Medical and sanitary report of the native army of Madras for the year
Year: 1876
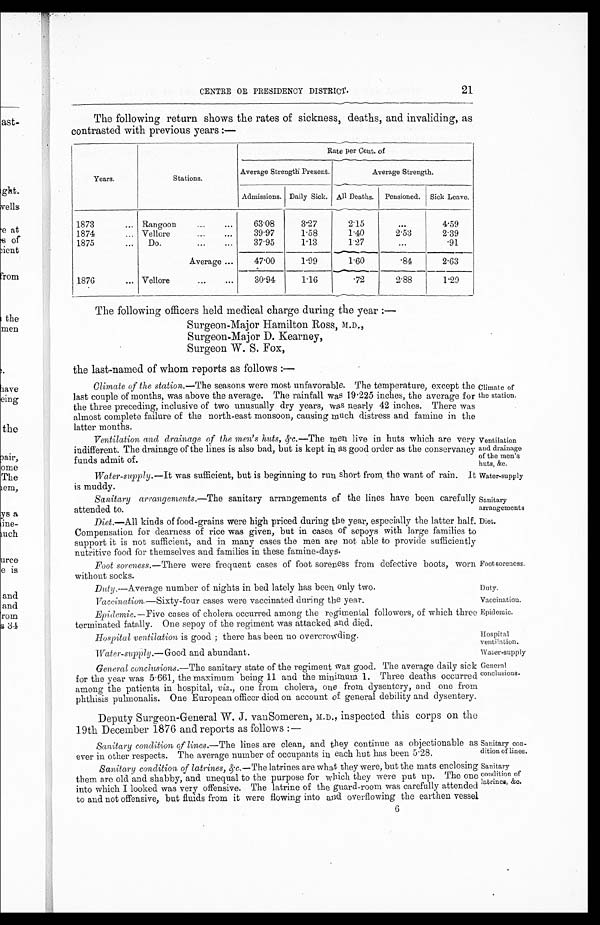
Climate of
the station.
Ventilation
and drainage
of the men's
huts, &c.
Water-supply
Sanitary
arrangements
Diet.
Foot soreness.
Duty.
Sanitary con-
dition of lines.
Sanitary
condition of
latrines, &c.
CENTRE OR PRESIDENCY DISTRICT.
21
The following return shows the rates of sickness, deaths, and invaliding, as
contrasted with previous years:—
Years.
Stations.
Rate per Cent. of
Average Strength Present.
Average Strength.
Admissions. Daily Sick. All Deaths. Pensioned. Sick Leave.
1873
Rangoon
. . .
. . .
63.08
3.27
2.15
. . . 4.59
1874
Vellore
. . .
. . .
39.97
1.58
1.40
2.53
2.39
1875
Do.
. . .
. . .
37.95
1.13
1.27
. . .
. 9 1
Average . . .
47.00
1.99
1.60
. 8 4 2.63
1876
Vellore
...
...
3 0 . 9 4
1.16
.72
2.88
1.29
The following officers held medical charge during the year:
—
Surgeon-Major Hamilton Ross, M.D.,
Surgeon-Major D. Kearney,
Surgeon W. S. Fox,
the last-named of whom reports as follows:—
Climate of the station.— The seasons were most unfavorable. The temperature, except the
last couple of months, was above the average. The rainfall was 19.225 inches, the average for
the three preceding, inclusive of two unusually dry years, was nearly 42 inches. There was
almost complete failure of the north-east monsoon, causing much distress and famine in the
latter months.
Ventilation and drainage of the men's huts, &c.—The men live in huts which are very
indifferent. The drainage of the lines is also bad, but is kept in as good order as the conservancy
funds admit of.
Water-supply.—It was sufficient, but is beginning to run short from, the want of rain. It
is muddy.
Sanitary arrangements.—The sanitary arrangements of the lines have been carefully
attended to.
Diet.—All kinds of food-grains were high priced during the year, especially the latter half.
Compensation for dearness of rice was given, but in cases of sepoys with large families to
support it is not sufficient, and in many cases the men are not able to provide sufficiently
nutritive food for themselves and families in these famine-days.
Foot soreness.— There were frequent cases of foot soreness from defective boots, worn
without socks.
Duty.—Average number of nights in bed lately has been only two.
Vaccination.—Sixty-four cases were vaccinated during the year.
Vaccination.
Epidemic. —Five cases of cholera occurred among the regimental followers, of which three
terminated fatally. One sepoy of the regiment was attacked and died.
Epidemic.
Hospital ventilation is good; there has been no overcrowding.
Water-supply.—Good and abundant.
Hospital
ventilation.
Water-supply
General conclusions. —The sanitary state of the regiment was good. The average daily sick
for the year was 5.661, the maximum being 11 and the minimum 1. Three deaths occurred
among the patients in hospital, viz ., one from cholera, one from dysentery, and one from
phthisis pulmonalis. One European officer died on account of general debility and dysentery.
Deputy Surgeon-General W. J. vanSomeren, M.D., inspected this corps on the
19th December 1876 and reports as follows:—
Sanitary condition of lines. —The lines are clean, and they continue as objectionable as
ever in other respects. The average number of occupants in each hut has been 5.28.
Sanitary condition of latrines, &c.—The latrines are what they were, but the mats enclosing
them are old and shabby, and unequal to the purpose for which they were put up. The one
into which I looked was very offensive. The latrine of the guard-room was carefully attended
to and not offensive, but fluids from it were flowing into and overflowing the earthen vessel
6
General
conclusions.